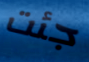
جئت